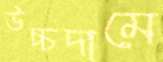
উচ্চদামে